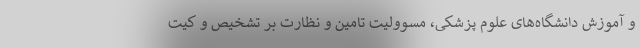
و آموزش دانشگاه‌های علوم پزشکی، مسوولیت تامین و نظارت بر تشخیص و کیت